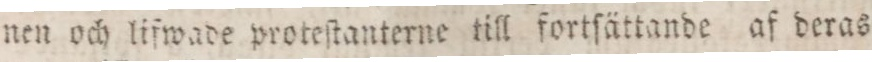
nen och lifwade proteſtanterne till fortſättande af deras